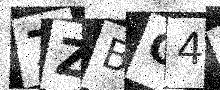
Text: 7ZBG48